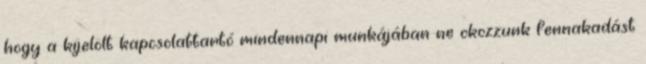
hogy a kijelölt kapcsolattartó mindennapi munkájában ne okozzunk fennakadást